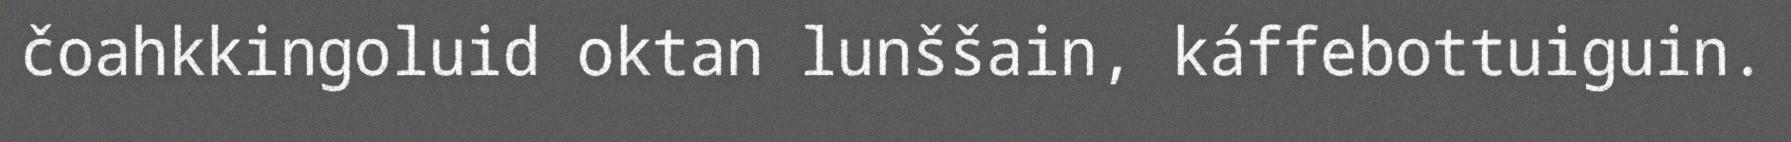
čoahkkingoluid oktan lunššain, káffebottuiguin.